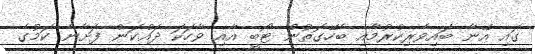
ގައި އޭނާ ބައިވެރިކުރުމާއި ބެހޭގޮތުން ޓޯބީ އާއި ވާހަކަ ދައްކަން ފަށާނެ ކަމުގެ